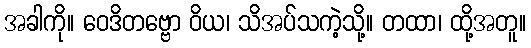
အခါကို။ ဝေဒိတဗ္ဗော ဝိယ၊ သိအပ်သကဲ့သို့။ တထာ၊ ထို့အတူ။